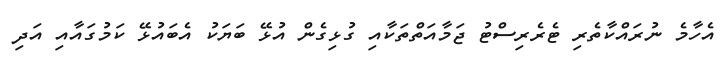
އެހާމެ ނުރައްކާތެރި ޓެރެރިސްޓު ޖަމާއަތްތަކާއި ގުޅިގެން އުޅޭ ބަޔަކު އެބައުޅޭ ކަމުގައާއި އަދި